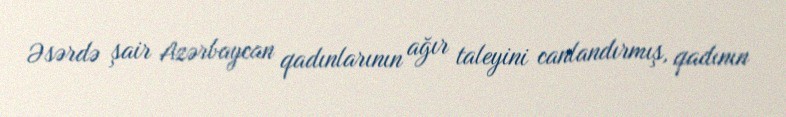
Əsərdə şair Azərbaycan qadınlarının ağır taleyini canlandırmış, qadının